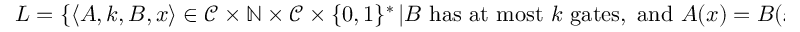
L = \left\{ \langle A , k , B , x \rangle \in { \mathcal { C } } \times \mathbb { N } \times { \mathcal { C } } \times \{ 0 , 1 \} ^ { * } \left| B { \mathrm { ~ h a s ~ a t ~ m o s t ~ } } k { \mathrm { ~ g a t e s , ~ a n d ~ } } A ( x ) = B ( x ) \right. \right\}